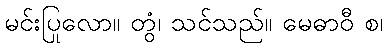
မင်းပြုလော။ တွံ၊ သင်သည်။ မေဓာဝီ စ၊